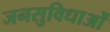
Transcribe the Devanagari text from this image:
जनसुविधाओं